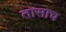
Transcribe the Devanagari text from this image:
तासाच